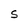
Character: S